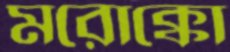
মরোক্কো